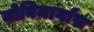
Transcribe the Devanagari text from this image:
योनिमार्गास